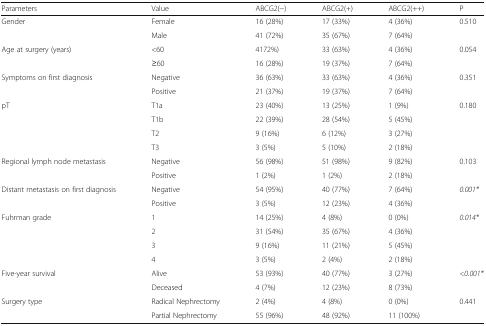
<table><thead><tr><td><b>Parameters</b></td><td><b>Value</b></td><td><b>ABCG2(−)</b></td><td><b>ABCG2(+)</b></td><td><b>ABCG2(++)</b></td><td><b>P</b></td></tr></thead><tbody><tr><td>Gender</td><td>Female</td><td>16 (28%)</td><td>17 (33%)</td><td>4 (36%)</td><td>0.510</td></tr><tr><td></td><td>Male</td><td>41 (72%)</td><td>35 (67%)</td><td>7 (64%)</td><td></td></tr><tr><td>Age at surgery (years)</td><td>&lt;60</td><td>4172%)</td><td>33 (63%)</td><td>4 (36%)</td><td>0.054</td></tr><tr><td></td><td>≥60</td><td>16 (28%)</td><td>19 (37%)</td><td>7 (64%)</td><td></td></tr><tr><td>Symptoms on first diagnosis</td><td>Negative</td><td>36 (63%)</td><td>33 (63%)</td><td>4 (36%)</td><td>0.351</td></tr><tr><td></td><td>Positive</td><td>21 (37%)</td><td>19 (37%)</td><td>7 (64%)</td><td></td></tr><tr><td>pT</td><td>T1a</td><td>23 (40%)</td><td>13 (25%)</td><td>1 (9%)</td><td>0.180</td></tr><tr><td></td><td>T1b</td><td>22 (39%)</td><td>28 (54%)</td><td>5 (45%)</td><td></td></tr><tr><td></td><td>T2</td><td>9 (16%)</td><td>6 (12%)</td><td>3 (27%)</td><td></td></tr><tr><td></td><td>T3</td><td>3 (5%)</td><td>5 (10%)</td><td>2 (18%)</td><td></td></tr><tr><td>Regional lymph node metastasis</td><td>Negative</td><td>56 (98%)</td><td>51 (98%)</td><td>9 (82%)</td><td>0.103</td></tr><tr><td></td><td>Positive</td><td>1 (2%)</td><td>1 (2%)</td><td>2 (18%)</td><td></td></tr><tr><td>Distant metastasis on first diagnosis</td><td>Negative</td><td>54 (95%)</td><td>40 (77%)</td><td>7 (64%)</td><td><i>0.001*</i></td></tr><tr><td></td><td>Positive</td><td>3 (5%)</td><td>12 (23%)</td><td>4 (36%)</td><td></td></tr><tr><td>Fuhrman grade</td><td>1</td><td>14 (25%)</td><td>4 (8%)</td><td>0 (0%)</td><td><i>0.014*</i></td></tr><tr><td></td><td>2</td><td>31 (54%)</td><td>35 (67%)</td><td>4 (36%)</td><td></td></tr><tr><td></td><td>3</td><td>9 (16%)</td><td>11 (21%)</td><td>5 (45%)</td><td></td></tr><tr><td></td><td>4</td><td>3 (5%)</td><td>2 (4%)</td><td>2 (18%)</td><td></td></tr><tr><td>Five-year survival</td><td>Alive</td><td>53 (93%)</td><td>40 (77%)</td><td>3 (27%)</td><td><i>&lt;0.001*</i></td></tr><tr><td></td><td>Deceased</td><td>4 (7%)</td><td>12 (23%)</td><td>8 (73%)</td><td></td></tr><tr><td>Surgery type</td><td>Radical Nephrectomy</td><td>2 (4%)</td><td>4 (8%)</td><td>0 (0%)</td><td>0.441</td></tr><tr><td></td><td>Partial Nephrectomy</td><td>55 (96%)</td><td>48 (92%)</td><td>11 (100%)</td><td></td></tr></tbody></table>